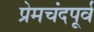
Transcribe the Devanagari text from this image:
प्रेमचंदपूर्व